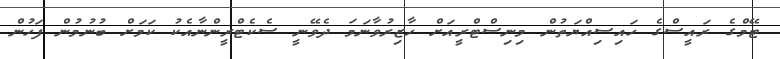
ޓޭމްގެ ރައީސްގެ ހައިސިއްޔަތުން މިނިސްޓްރީއަށް ހާޒިރުވާނަމަ ދެވޭނީ ސެކެޓްރީންނާއެކު ކަމަށް ބުނުމުން ފަހުން